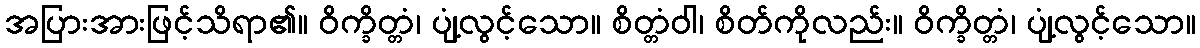
အပြားအားဖြင့်သိရာ၏။ ဝိက္ခိတ္တံ၊ ပျံ့လွင့်သော။ စိတ္တံဝါ၊ စိတ်ကိုလည်း။ ဝိက္ခိတ္တံ၊ ပျံ့လွင့်သော။